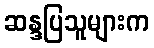
ဆန္ဒပြသူများက